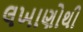
લખાણોથી